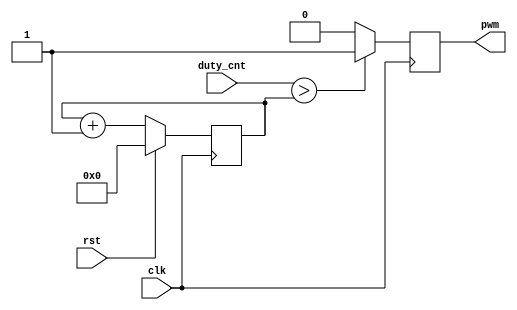
module pwm_module #(parameter PD_CNT = 8) (
    input clk,
	input rst,
    input [PD_CNT-1:0] duty_cnt,
    output reg pwm
  );

reg pwm_d, pwm_q;
reg [PD_CNT-1:0] ctr_d, ctr_q;

assign pwm = pwm_q;

always @* begin
  ctr_d = ctr_q + 1;
  if(duty_cnt > ctr_q) begin
    pwm_d = 1'b1;
  end else begin
    pwm_d = 1'b0;
  end
end

always @(posedge clk) begin
  if(~rst) begin
    ctr_q <= ctr_d;
  end else begin
    ctr_q <= 1'b0;
  end

  pwm_q <= pwm_d;
end

endmodule